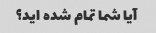
آیا شما تمام شده اید؟